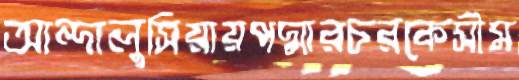
আন্দালুসিয়ায়পদ্মারচরকেসীম